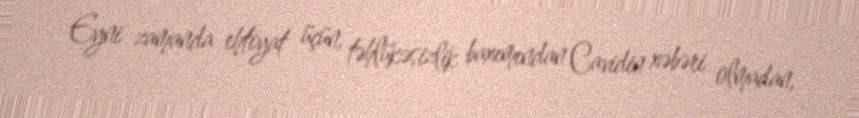
Eyni zamanda ehtiyat üçün, təhlükəsizlik baxımından Cavidin xəbəri olmadan,